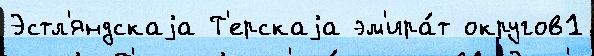
Эстл'яндскаjа Т'ерскаjа эм'ира́т округов1